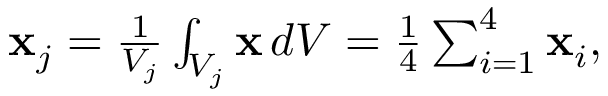
\begin{array} { r } { { \bf x } _ { j } = \frac { 1 } { V _ { j } } \int _ { V _ { j } } { \bf x } \, d V = \frac { 1 } { 4 } \sum _ { i = 1 } ^ { 4 } { \bf x } _ { i } , } \end{array}